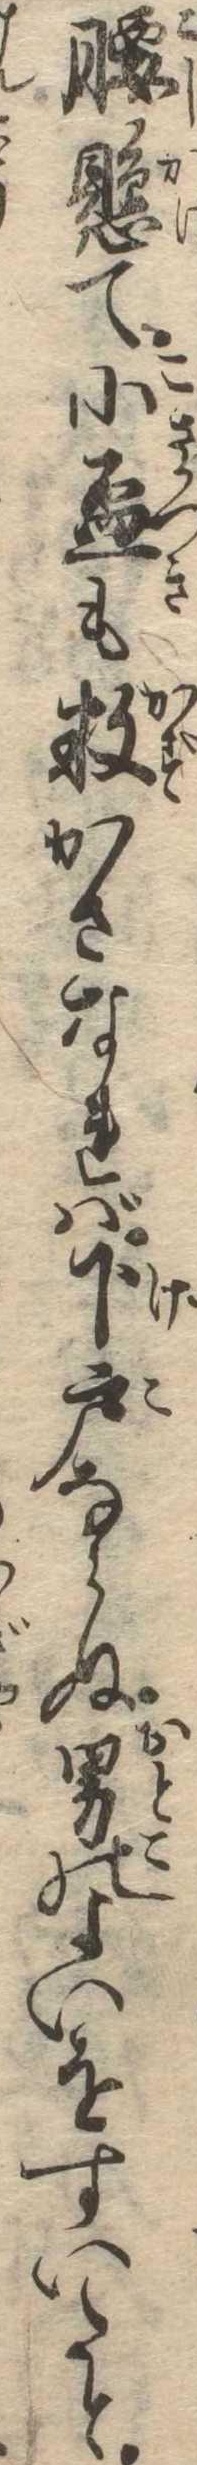
腰懸て小杯も数かさなれば下戸ならぬ男のよいをすいたと